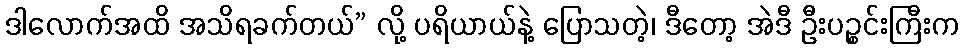
ဒါလောက်အထိ အသိရခက်တယ်” လို့ ပရိယာယ်နဲ့ ပြောသတဲ့၊ ဒီတော့ အဲဒီ ဦးပဉ္စင်းကြီးက